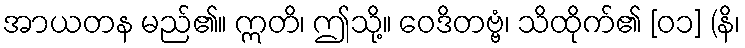
အာယတန မည်၏။ ဣတိ၊ ဤသို့။ ဝေဒိတဗ္ဗံ၊ သိထိုက်၏ [၀၁] (နိ၊